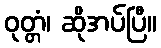
ဝုတ္တံ၊ ဆိုအပ်ပြီ။